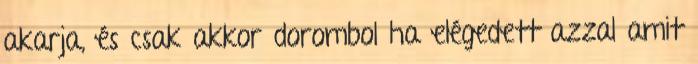
akarja, és csak akkor dorombol ha elégedett azzal amit